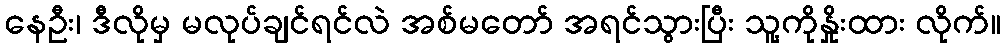
နေဦး၊ ဒီလိုမှ မလုပ်ချင်ရင်လဲ အစ်မတော် အရင်သွားပြီး သူ့ကိုနှိုးထား လိုက်။